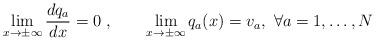
LaTeX: \begin{align*}\lim_{x\to \pm \infty}\frac{dq_a}{dx}=0\ ,\qquad \lim_{x\to \pm\infty}q_a(x)=v_a,\ \forall a=1,\dots,N\end{align*}